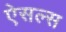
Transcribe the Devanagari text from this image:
ऐसल्स